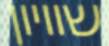
שוויון